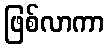
ဖြစ်လာကာ